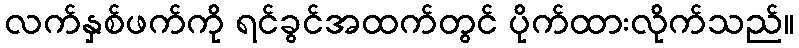
လက်နှစ်ဖက်ကို ရင်ခွင်အထက်တွင် ပိုက်ထားလိုက်သည်။